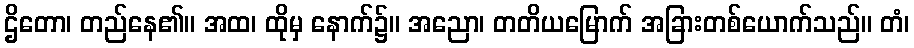
ဌိတော၊ တည်နေ၏။ အထ၊ ထိုမှ နောက်၌။ အညော၊ တတိယမြောက် အခြားတစ်ယောက်သည်။ တံ၊